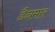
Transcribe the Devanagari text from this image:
डैनमार